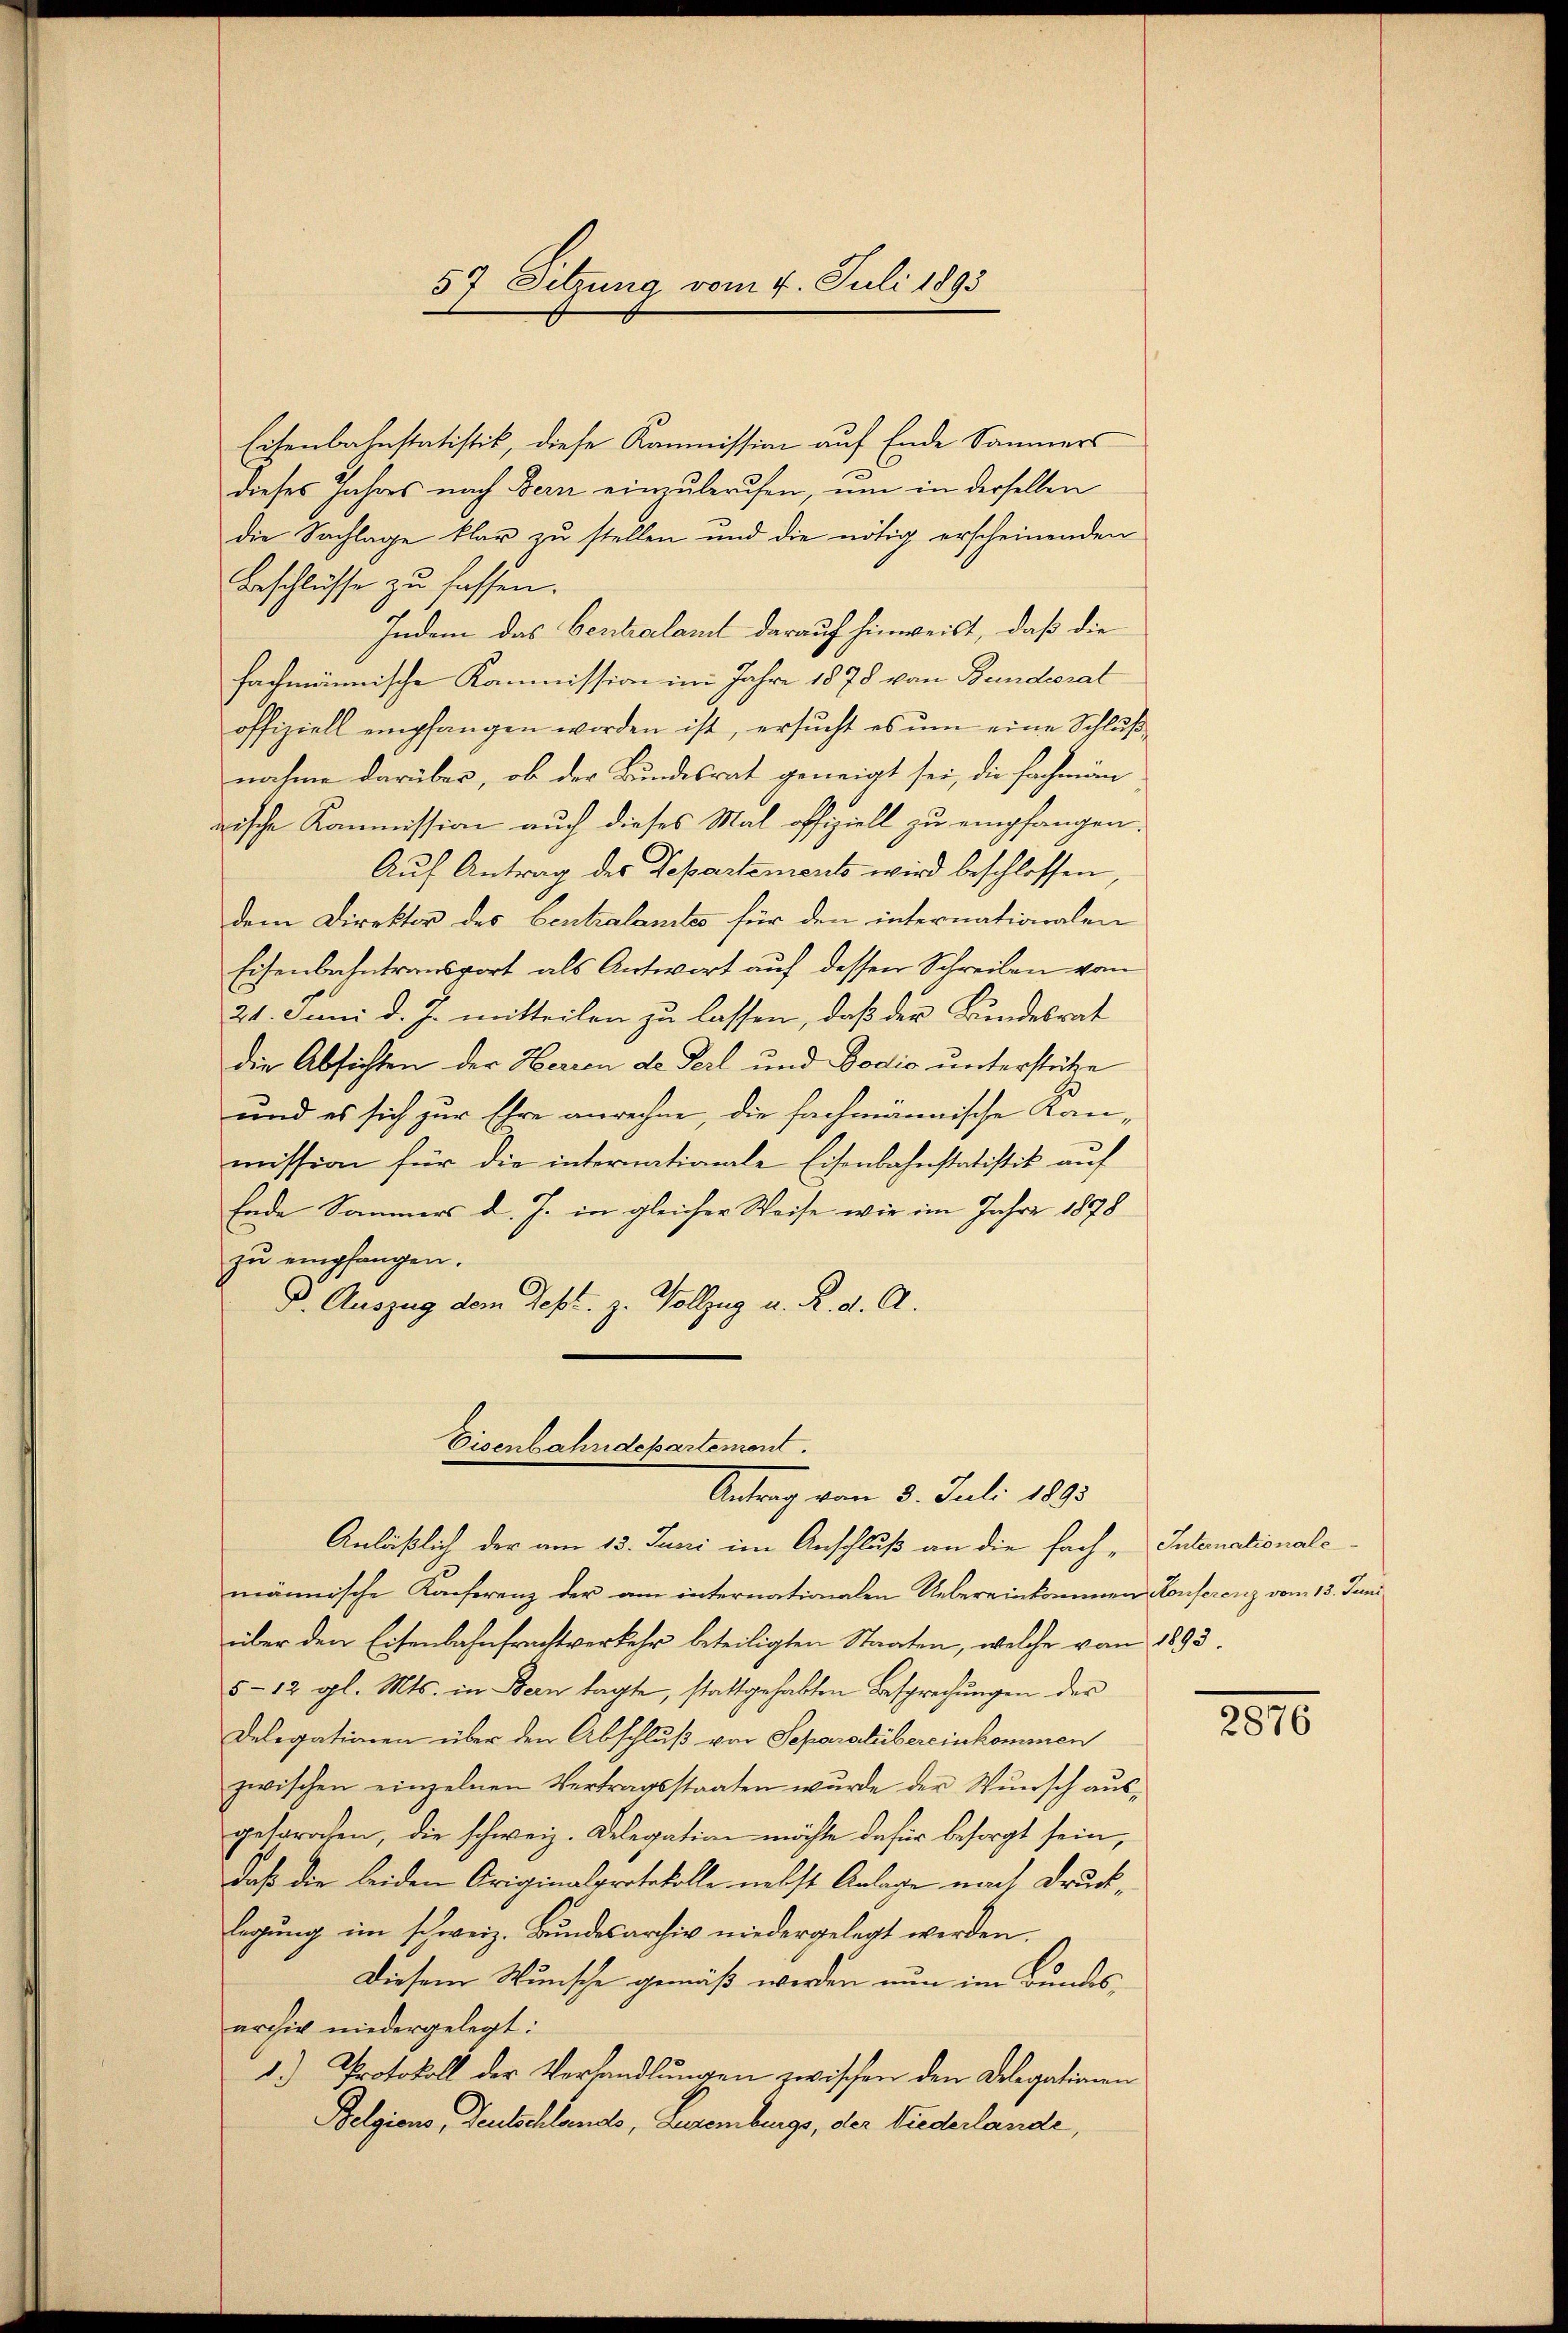
57 Sitzung vom 4. Juli 1893

Eisenbahnstatistik, diese Kommission auf Ende Sammers
dieses Jahres nach Bern einzuberufen, um in derselben
die Sachlage klar zu stellen und die nötig erscheinenden
Beschlüsse zu fassen.
Indem das Centralant darauf hinweist, daß die
fachmännische Kommission im Jahre 1878 von Bundesrat
offiziell empfangen worden ist, ersucht es um eine Schluß
nahme darüber, ob der Bundesrat geneigt sei, die Fachmän
rische Kommission auch dieses Mal offiziell zu empfangen.
Auf Antrag des Departements wird beschlossen,
dem Direktor des Centralamtes für den internationalen
Eisenbahntransport als Antwort auf dessen Schreiben vom
21. Juni d. J. mitteilen zu lassen, daß der Bundesrat
die Absichten der Herren de Teil und Bodić unterstütze
und es sich zur Ehre anrechne, die fachmännische Kanmission für die internationale Eisenbahnstatistik auf
Ende Sommers d. J. in gleicher Weise wie im Jahre 1878
zŭ empfangen.
D. Auszug dem Sept. z. Vollzug u. R. d. A.
Eisenbahndepartement.

Antrag vom 5. Juli 1893

Anläßlich der am 15. Juni im Anschluß an die fach - Internationalmännische Konferenz der am internationalen Uebereinkommen Konferenz vom 13. Juni
über den Eisenbahnfrachtverkehr beteiligten Staaten, welche von 1893.
5-12 gl. Mts. in Bern tagte, stattgehabten Besprechungen der
Delegationen über den Abschluß vor Separalübereinkommen
zwischen einzelnen Vertragsstaaten wurde der Wunsch aus-
gesproten, die schweiz. Delegation möchte dafür besorgt sein,
daß die beiden Originalprotokolle nebst Anlage nach Drucklegung im schweiz. Bundesarchiv niedergelegt werden.
Diesem Wunsche gemäß werden nun im Bundesarchiv niedergelegt:
1.) Protokoll der Verhandlungen zwischen den Delegationen
Belgions, Deutschlands, Lesenbergs, der Wiederlande,

2010